Annual administration report of the Civil Veterinary Department of India - 1894-1895
Year: 1894
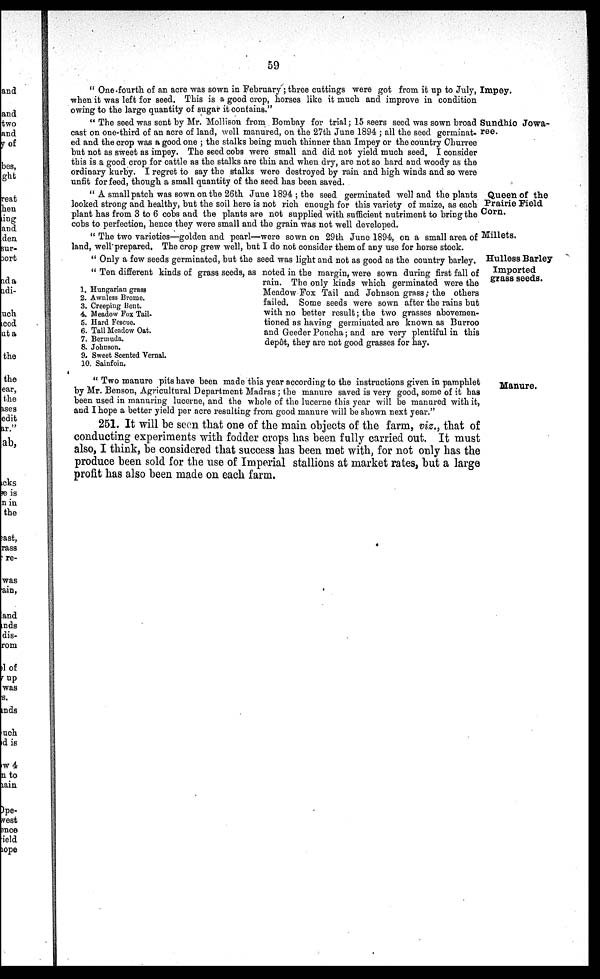
59
Impey.
" One-fourth of an acre was sown in February ; three cuttings were got from it up to July
when it was left for seed. This is a good crop, horses like it much and improve in condition
owing to the large quantity of sugar it contains."
Sundhio Jowa-
ree.
" The seed was sent by Mr. Mollison from Bombay for trial; 15 seers seed was sown broad
cast on one-third of an acre of land, well manured, on the 27th June 1894 ; all the seed germinat-
ed and the crop was a good one ; the stalks being much thinner than Impey or the country Churree
but not as sweet as impey. The seed cobs were small and did not yield much seed, I consider
this is a good crop for cattle as the stalks are thin and when dry, are not so hard and woody as the
ordinary kurby. I regret to say the stalks were destroyed by rain and high winds and so were
unfit for feed, though a small quantity of the seed has been saved.
Queen of the
Prairie Field
Corn.
" A small patch was sown on the 26th June 1894 ; the seed germinated well and the plants
looked strong and healthy, but the soil here is not rich enough for this variety of maize, as each
plant has from 3 to 6 cobs and the plants are not supplied with sufficient nutriment to bring the
cobs to perfection, hence they were small and the grain was not well developed.
Millets.
" The two varieties—golden and pearl—were sown on 29th June 1894, on a small area of
land, well prepared, The crop grew well, but I do not consider them of any use for horse stock.
Hulless Barley
" Only a few seeds germinated, but the seed was light and not as good as the country barley.
Imported
grass seeds.
" Ten different kinds of grass seeds, as noted in the margin, were sown during first fall of
rain. The only kinds which germinated were the
Meadow Fox Tail and Johnson grass; the others
failed. Some seeds were sown after the rains but
with no better result; the two grasses abovemen-
tioned as having germinated are known as Burroo
and Geeder Poncha; and are very plentiful in this
depôt, they are not good grasses for hay.
1.
2.
3.
4.
5.
6.
7.
8.
9.
10.
Hungarian grass
Awnless Brome.
Creeping Bent.
Meadow Fox Tail-
Hard Fescue.
Tall Meadow Oat.
Bermuda.
Johnson.
Sweet Scented Vernal.
Sainfoin.
Manure.
" Two manure pits have been made this year according to the instructions given in pamphlet
by Mr. Benson, Agricultural Department Madras; the manure saved is very good, some of it has
been used in manuring lucerne, and the whole of the lucerne this year will be manured with it,
and I hope a better yield per acre resulting from good manure will be shown next year."
251. It will be seen that one of the main objects of the farm, viz., that of
conducting experiments with fodder crops has been fully carried out. It must
also, I think, be considered that success has been met with, for not only has the
produce been sold for the use of Imperial stallions at market rates, but a large
profit has also been made on each farm.